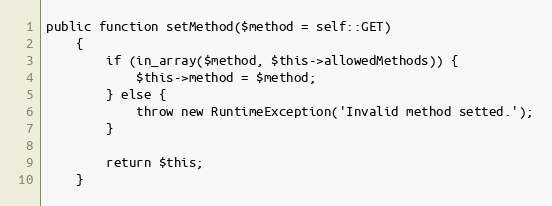
Language: PHP
public function setMethod($method = self::GET)
	{
		if (in_array($method, $this->allowedMethods)) {
			$this->method = $method;
		} else {
			throw new RuntimeException('Invalid method setted.');
		}

		return $this;
	}